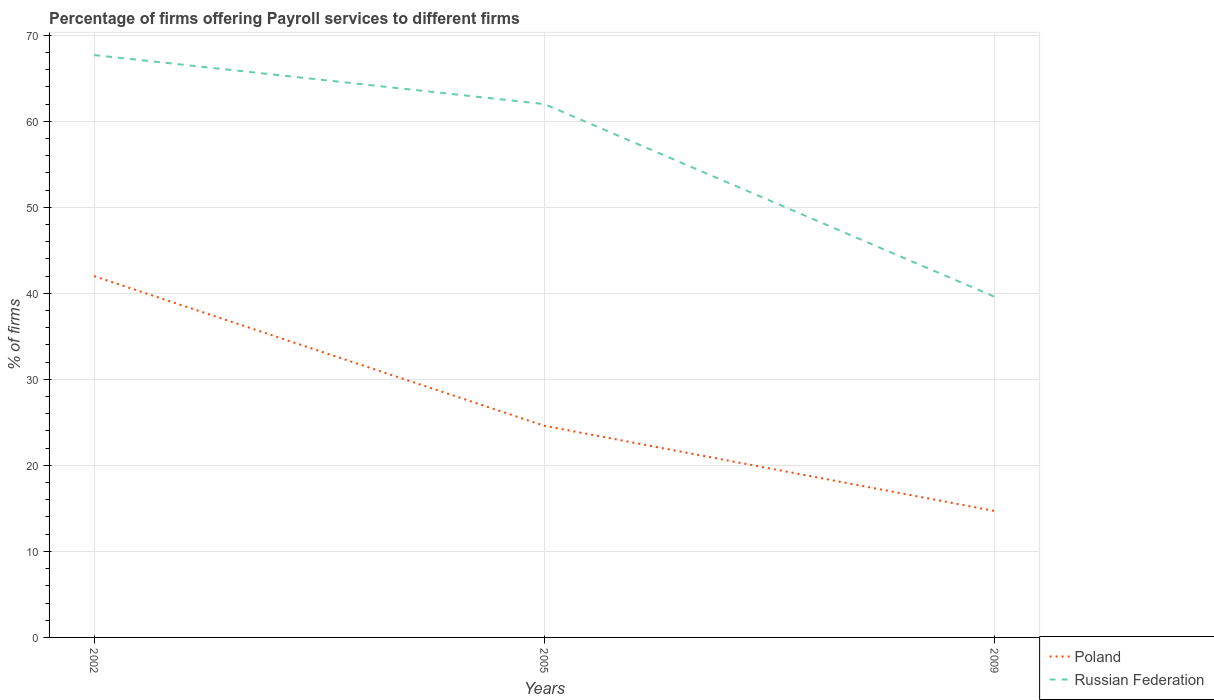
| Years | Poland | Russian Federation |
 | --- | --- | --- |
 | 2002 | 42 | 67.7 |
 | 2005 | 24.6 | 62 |
 | 2009 | 14.7 | 39.6 |